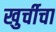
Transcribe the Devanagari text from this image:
खुर्चीचा